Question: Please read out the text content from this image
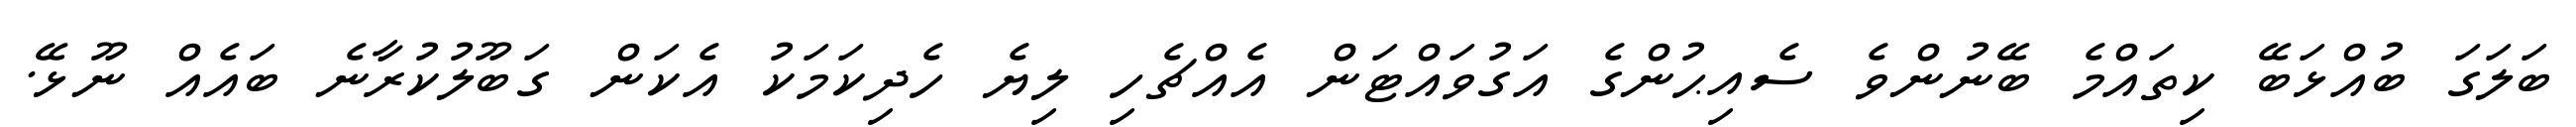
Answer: ބަލަގަ ބުއްޅަބޭ ކިތައްމެ ބޭނުންވެ ސެއިޙުންގެ އަގުވައްޓަން އެއްޗެހި ލިޔެ ހެދިކަމަކު އެކަން ގަބޫލުކުރާނެ ބައެއް ނޫޅޭ.